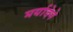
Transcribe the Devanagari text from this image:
मर्यादेने